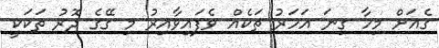
ގެއަށް މިހާ ގިނަ އަހަރު ތަކެއް ވެފައިވާއިރު މި ގޭގެ ދޮރު ތަކަކީ